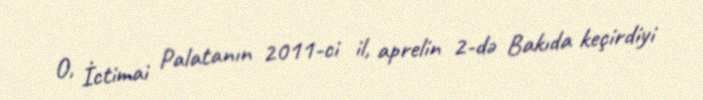
O, İctimai Palatanın 2011-ci il, aprelin 2-də Bakıda keçirdiyi